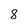
Character: 8